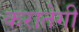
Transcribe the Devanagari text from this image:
करातेगी